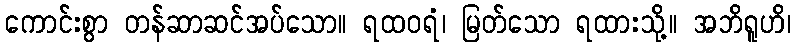
ကောင်းစွာ တန်ဆာဆင်အပ်သော။ ရထဝရံ၊ မြတ်သော ရထားသို့။ အဘိရူဟိ၊